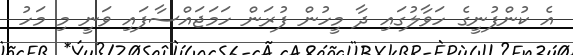
އެ ކުންފުނީގެ ހަވާލުގައި ދާ މީހުން ފުރަން ހަމަޖައްސާފައި ވަނީ މި މަހު